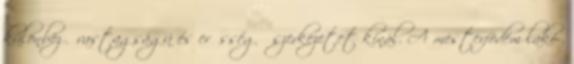
különböző vastagságú és erősségű szerkezetet kínál. A mesterfödém lakó-,